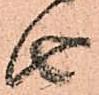
由